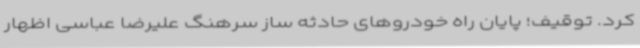
کرد. توقیف؛ پایان راه خودروهای حادثه ساز سرهنگ علیرضا عباسی اظهار